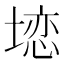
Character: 𱗨